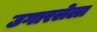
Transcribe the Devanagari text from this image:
उगारलेला